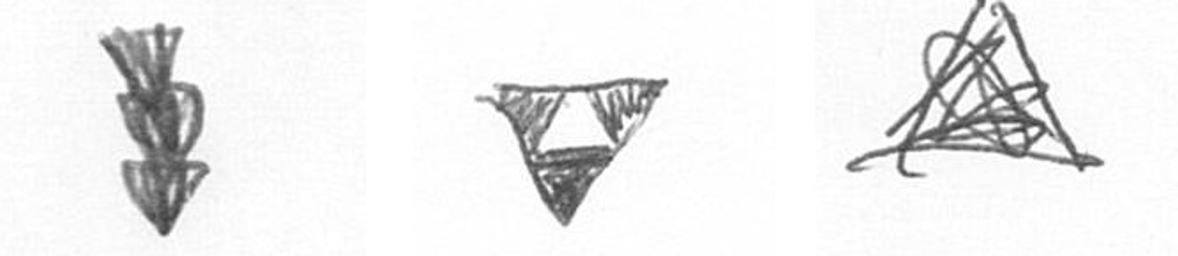
E S O